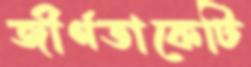
জীর্ণতাকেটি